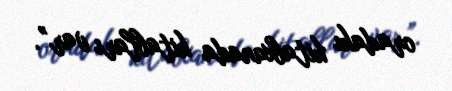
oradakı kitabxanada kitabları var”.